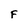
Character: F